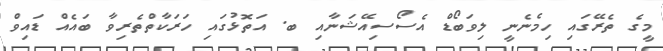
މީގެ ތެރޭގައި ހިމެނެނީ ލިވަބޯޑް އެސޯސިއޭޝަނާއި ބ. އަތޮޅުގައި ހަރަކާތްތެރިވާ ބައެއް ޑައިވް